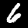
Label: 6